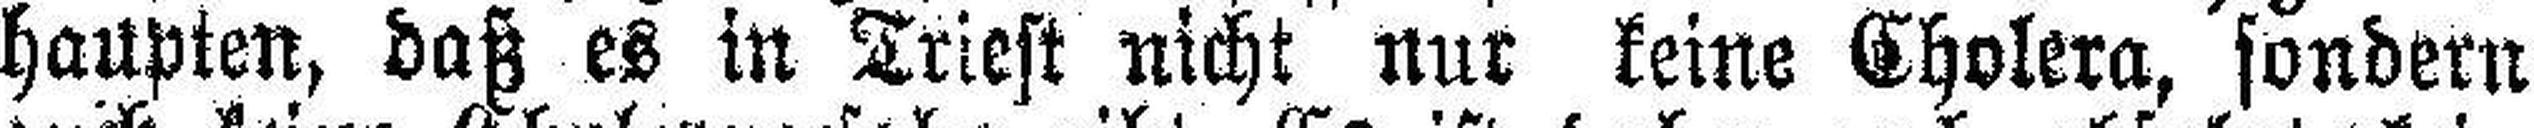
haupten, daß es in Triest nicht nur keine Cholera, sondern